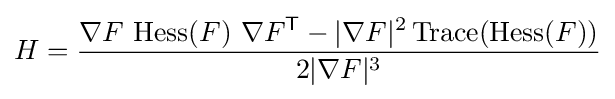
H={\frac {\nabla F\ {\mbox{Hess}}(F)\ \nabla F^{\mathsf {T}}-|\nabla F|^{2}\,{\text{Trace}}({\mbox{Hess}}(F))}{2|\nabla F|^{3}}}